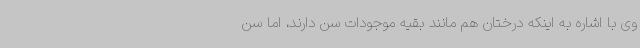
وی با اشاره به اینکه درختان هم مانند بقیه موجودات سن دارند، اما سن